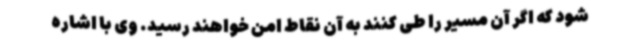
شود که اگر آن مسیر را طی کنند به آن نقاط امن خواهند رسید. وی با اشاره